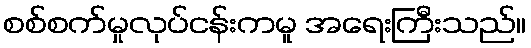
စစ်စက်မှုလုပ်ငန်းကမူ အရေးကြီးသည်။